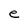
Character: e